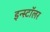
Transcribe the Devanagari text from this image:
इन्स्टॉलर